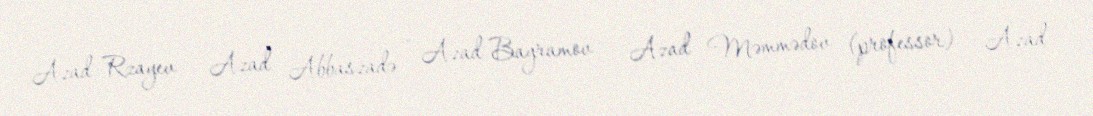
Azad Rzayev — Azad Abbaszadə — Azad Bayramov — Azad Məmmədov (professor) — Azad